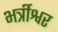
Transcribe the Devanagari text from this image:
भर्त्रीश्वर